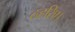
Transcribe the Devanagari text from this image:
ठहरिए।